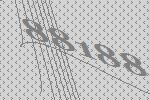
88188